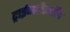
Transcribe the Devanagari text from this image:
ट्राईग्लीसेरॉल